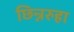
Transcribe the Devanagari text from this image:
छिन्नरुहा